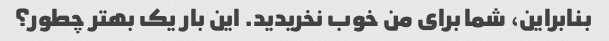
بنابراین، شما برای من خوب نخریدید. این بار یک بهتر چطور؟